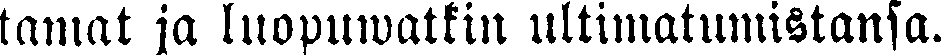
tamat ja luopuwatkin ultimatumistansa.